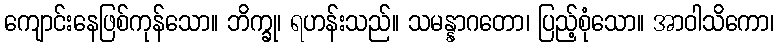
ကျောင်းနေဖြစ်ကုန်သော။ ဘိက္ခု၊ ရဟန်းသည်။ သမန္နာဂတော၊ ပြည့်စုံသော။ အာဝါသိကော၊